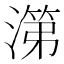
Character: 𰜷